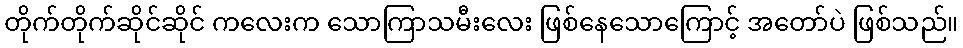
တိုက်တိုက်ဆိုင်ဆိုင် ကလေးက သောကြာသမီးလေး ဖြစ်နေသောကြောင့် အတော်ပဲ ဖြစ်သည်။